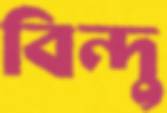
বিন্দু